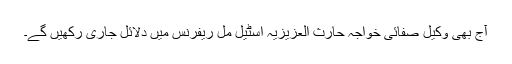
آج بھی وکیل صفائی خواجہ حارث العزیزیہ اسٹیل مل ریفرنس میں دلائل جاری رکھیں گے۔